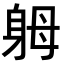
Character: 𨈶